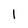
Character: 1